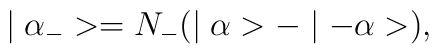
\mid \alpha_{-}>=N_{-}(\mid \alpha>-\mid -\alpha>),